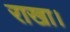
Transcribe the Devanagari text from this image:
राखा।